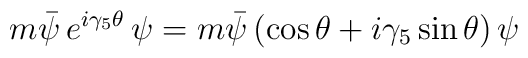
m \bar{\psi}\, e^{i\gamma_5 \theta}\, \psi=m \bar{\psi}\left(\cos\theta+i\gamma_5 \sin\theta\right)\psi